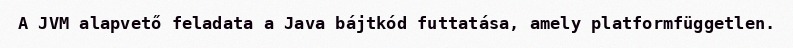
A JVM alapvető feladata a Java bájtkód futtatása, amely platformfüggetlen.